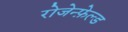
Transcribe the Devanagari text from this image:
रोजेन्फ़ेल्ड